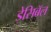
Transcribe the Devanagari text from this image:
डेसिबॅल